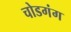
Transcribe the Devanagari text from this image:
चोडगंग